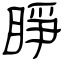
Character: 睜